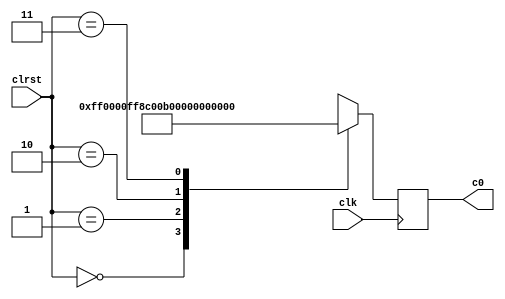
`timescale 1ns / 1ps // <simulation time step> / <simulation time step precision>
//////////////////////////////////////////////////////////////////////////////////
// Module outputs a hex RGB color code depending on the input's sign and magnitude. 
// A large negative input yields dark red, small and negative orange, small and positive light blue, and large positive blue. 
// Used in display.v.
//
// Daniel Schussheim and Kurt Gibble
//////////////////////////////////////////////////////////////////////////////////

module clr_str_4_st(
    input wire clk,
    // Signal input and range.
    input wire  [1:0] clrst,
    // Output color.
    output reg [23:0] c0
);

// The color codes in hex RGB.
parameter [23:0] blue      = 24'h0000ff,
                 red       = 24'hff0000,
                 orange    = 24'hff8c00,
                 lightblue = 24'hadd8e6;

// Set the colors
// reg [1:0] state0;
always @(posedge clk) begin
    // Set color c0.
    case (clrst)
        2'b00: c0 <= red;
        2'b01: c0 <= orange;
        2'b10: c0 <= lightblue;
        2'b11: c0 <= blue;
    endcase
end
                 
endmodule